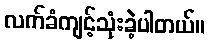
လက်ခံကျင့်သုံးခဲ့ပါတယ်။